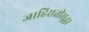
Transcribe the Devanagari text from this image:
जाहिरातीसुद्धा